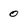
Character: 0